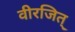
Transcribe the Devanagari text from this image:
वीरजित्